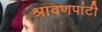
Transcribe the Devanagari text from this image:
श्रावणपांटी